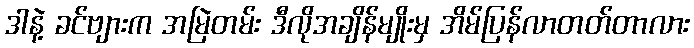
ဒါနဲ့ ခင်ဗျားက အမြဲတမ်း ဒီလိုအချိန်မျိုးမှ အိမ်ပြန်လာတတ်တာလား